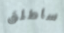
ساطلق